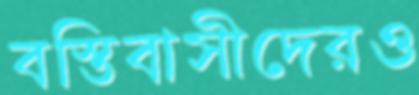
বস্তিবাসীদেরও